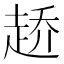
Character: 𰷶